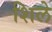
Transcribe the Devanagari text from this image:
शिले